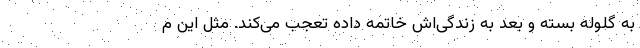
به گلوله بسته و بعد به زندگی‌اش خاتمه داده تعجب می‌کند. مثل این م